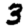
Digit: 3